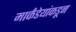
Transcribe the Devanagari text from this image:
मार्कंडेयांकडून